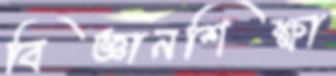
বিজ্ঞানশিক্ষা